Medical and sanitary report of the native army of Bengal for the year
Year: 1878
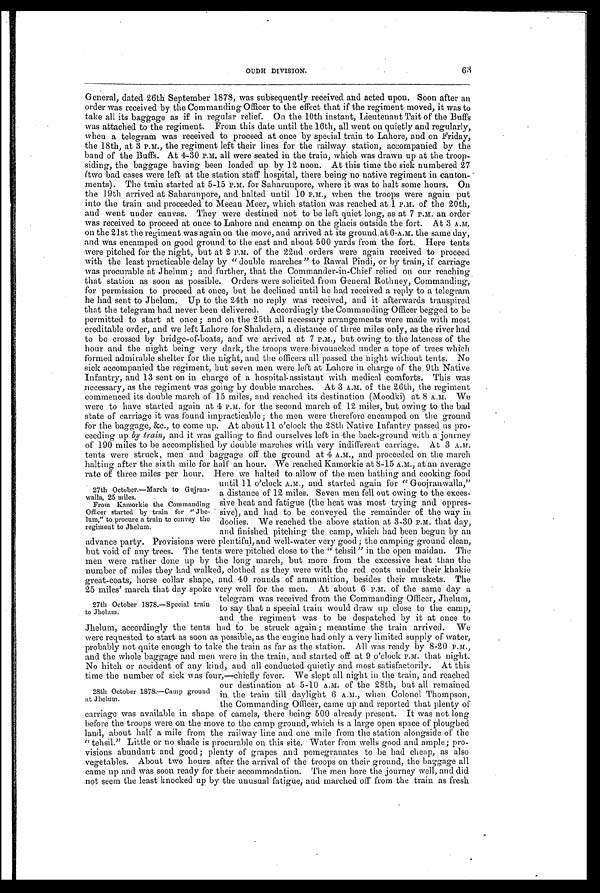
63
OUDH DIVISION.
General, dated 26th September 1878, was subsequently received and acted upon. Soon after an
order was received by the Commanding Officer to the effect that if the regiment moved, it was to
take all its baggage as if in regular relief. On the 10th instant, Lieutenant Tait of the Buffs
was attached to the regiment. From this date until the 16th, all went on quietly and regularly,
when a telegram was received to proceed at once by special train to Lahore, and on Friday,
the 18th, at 3 P.M., the regiment left their lines for the railway station, accompanied by the
band of the Buffs. At 4-30 P.M. all were seated in the train, which was drawn up at the troop
-
siding, the baggage having been loaded up by 12 noon. At this time the sick numbered 27
(two bad cases were left at the station staff hospital, there being no native regiment in canton
-
ments). The train started at 5-15 P.M. for Saharunpore, where it was to halt some hours. On
the 19th arrived at Saharunpore, and halted until 10 P.M., when the troops were again put
into the train and proceeded to Meean Meer, which station was reached at 1 P.M. of the 20th,
and went under canvas. They were destined not to be left quiet long, as at 7 P.M. an order
was received to proceed at once to Lahore and encamp on the glacis outside the fort. At 3 A.M.
on the 21st the regiment was again on the move, and arrived at its ground at 6.A.M. the same day,
and was encamped on good ground to the east and about 500 yards from the fort. Here tents
were pitched for the night, but at 2 P.M. of the 22nd orders were again received to proceed
with the least practicable delay by "double marches" to Rawal Pindi, or by train, if carriage
was procurable at Jhelum; and further, that the Commander-in-Chief relied on our reaching
that station as soon as possible. Orders were solicited from General Rothney, Commanding,
for permission to proceed at once, but he declined until he had received a reply to a telegram
he had sent to Jhelum. Up to the 24th no reply was received, and it afterwards transpired
that the telegram had never been delivered. Accordingly the Commanding Officer begged to be
permitted to start at once; and on the 25th all necessary arrangements were made with most
creditable order, and we left Lahore for Shandera, a distance of three miles only, as the river had
to be crossed by bridge-of-boats, and we arrived at 7 P.M., but owing to the lateness of the
hour and the night being very dark, the troops were bivouacked under a tope of trees which
formed admirable shelter for the night, and the officers all passed the night without tents. No
sick accompanied the regiment, but seven men were left at Lahore in charge of the 9th Native
Infantry, and 13 sent on in charge of a hospital.assistant with medical comforts. This was
necessary
, as the regiment was going by double marches. At 3 A.M. of the 26th, the regiment
commenced its double march of 15 miles, and reached its destination (Moodki) at 8 A.M. We
were to have started again at 4 P.M. for the second march of 12 miles, but owing to the bad
state of carriage it was found impracticable; the men were therefore encamped on the ground
for the baggage, &c., to come up. At about 11 o'clock the 28th Native Infantry passed us pro
-
ceeding up by train, and it was galling to find ourselves left in the back-ground with a journey
of 190 miles to be accomplished by double marches with very indifferent carriage. At 3 A.M.
tents were struck, men and baggage off the ground at 4 A.M., and proceeded on the march
halting after the sixth mile for half an hour. We reached Kainorkie at 8-15 A.M., at an average
rate of three miles per hour. Here we halted to allow of the men bathing and cooking food
until 11 o'clock A.M., and started again for "Goojranwalla,"
a distance of 12 miles. Seven men fell out owing to the exces
-
sive heat and fatigue (the heat was most trying and oppres
-
sive), and had to be conveyed the remainder of the way in
doolies. We reached the above station at 3-30 P.M. that day,
and finished pitching the camp, which had been begun by an
advance party. Provisions were plentiful, and well-water very good; the camping ground clean,
but void of any trees. The tents were pitched close to the "tehsil" in the open maidan. The
men were rather done up by the long march, but more from the excessive heat than the
number of miles they had walked, clothed as they were with the red coats under their khakie
great-coats, horse collar shape, and 40 rounds of ammunition, besides their muskets. The
25 miles' march that day spoke very well for the men. At about 6 P.M. of the same day a
telegram was received from the Commanding Officer, Jhelum,
to say that a special train would draw up close to the camp,
and the regiment was to be despatched by it at once to
Jhelum, accordingly the tents had to be struck again; meantime the train arrived. We
were requested to start as soon as possible, as the engine had only a very limited supply of water,
probably not quite enough to take the train as far as the station. All was ready by 8-20 P.M.,
and the whole baggage and men were in the train, and started off at 9 o'clock P.M. that night.
No hitch or accident of any kind, and all conducted quietly and most satisfactorily. At this
time the number of sick was four,—chiefly fever. We slept all night in the train, and reached
our destination at 5-10 A.M. of the 28th, but all remained
in the train till daylight 6 A.M., when Colonel Thompson,
the Commanding Officer, came up and reported that plenty of
carriage was available in shape of camels, there being 500 already present. It was not long
before the troops were on the move to the camp ground, which is a large open space of ploughed
land, about half a mile from the railway line and one mile from the station alongside of the
"tehsil." Little or no shade is procurable on this site. Water from wells good and ample; pro
-
visions abundant and good; plenty of grapes and pomegranates to be had cheap, as also
vegetables. About two hours after the arrival of the troops on their ground, the baggage all
came up and was soon ready for their accommodation. The men bore the journey well, and did
not seem the least knocked up by the unusual fatigue, and marched off from the train as fresh
27th October.—March to Gujran
-walla, 25 miles.
From Kamorkie the Commanding
Officer started by train for "Jhe
-lum," to procure a train to convey the
regiment to Jhelum.
27th October 1878.—Special train
to Jhelum.
28th October 1878.—Camp ground
at Jhelum.